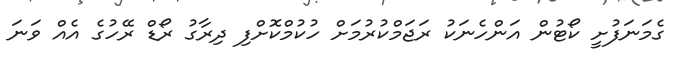
ގެމަނަފުށީ ކޯޓުން އަންހެނަކު ރަޖަމްކުރުމަށް ހުކުމްކޮށްފި ދިރާގު ރޯޑް ރޭހުގެ އެއް ވަނަ